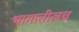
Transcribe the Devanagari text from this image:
भागातीलच